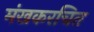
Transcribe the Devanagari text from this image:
मंखकरचित